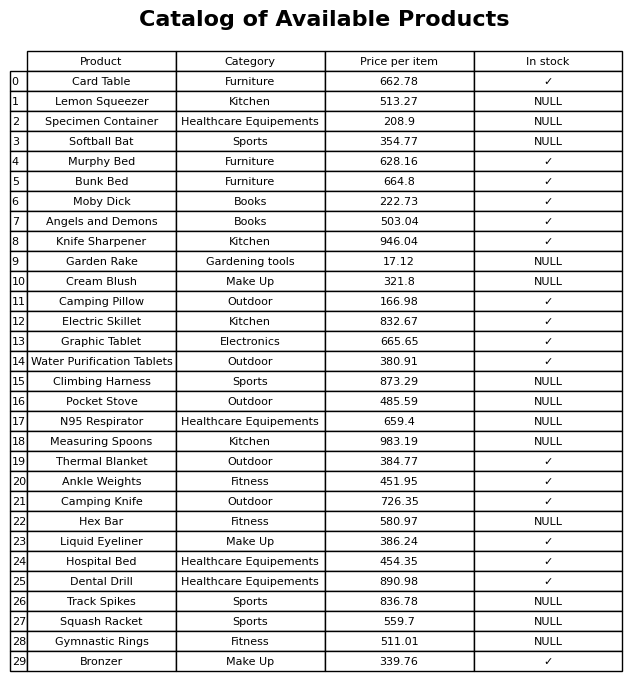
question: Which products are available in stock?
answer: Card Table, Murphy Bed, Bunk Bed, Moby Dick, Angels and Demons, Knife Sharpener, Camping Pillow, Electric Skillet, Graphic Tablet, Water Purification Tablets, Thermal Blanket, Ankle Weights, Camping Knife, Liquid Eyeliner, Hospital Bed, Dental Drill, Bronzer